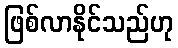
ဖြစ်လာနိုင်သည်ဟု